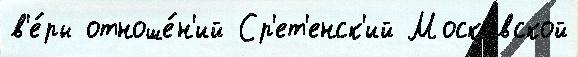
в'е́ры отноше́н'ий Ср'ет'енск'ий Моско́вской